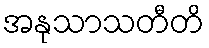
အနုသာသတီတိ